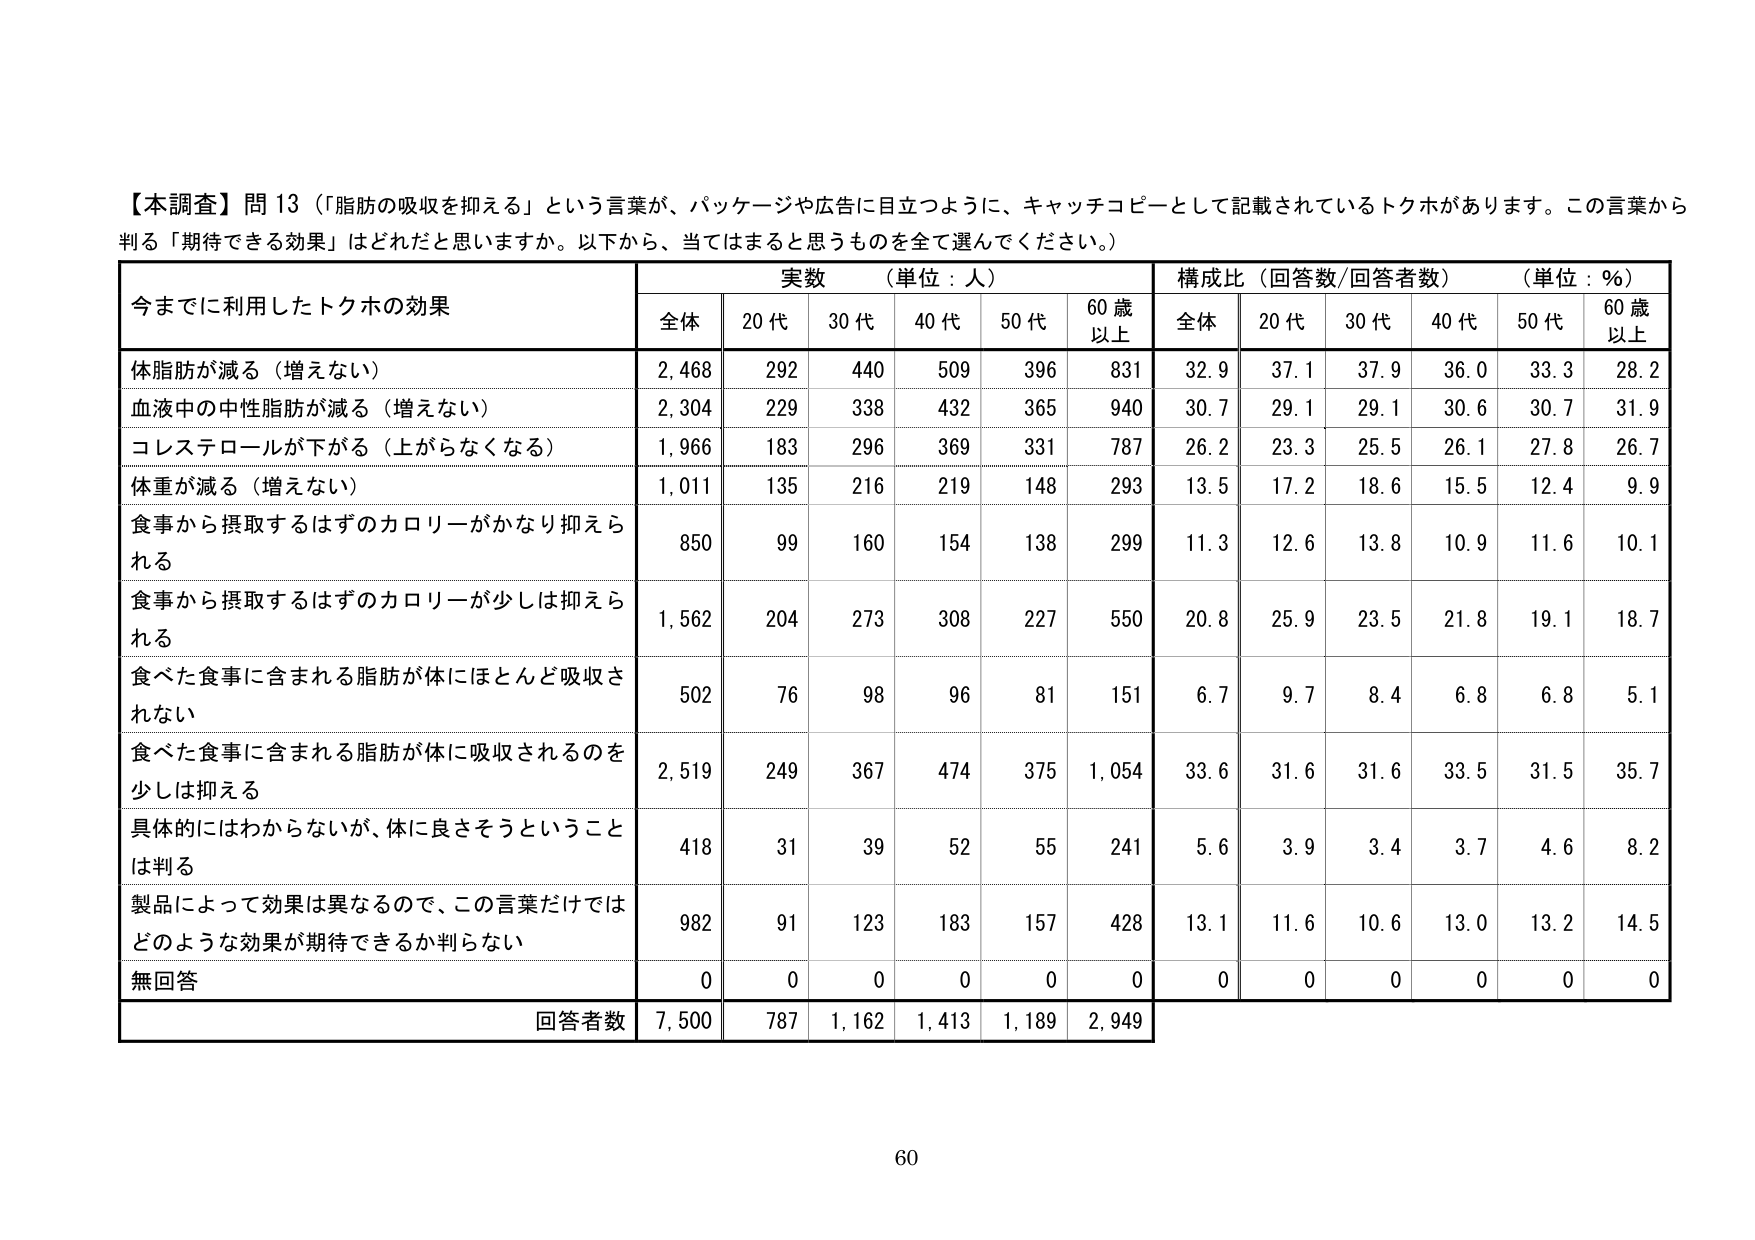
【本調査】問13（「脂肪の吸収を抑える」という言葉が、パッケージや広告に目立つように、キャッチコピーとして記載されているトクホがあります。この言葉から判る「期待できる効果」はどれだと思いますか。以下から、当てはまると思うものを全て選んでください。）

今までに利用したトクホの効果

実数（単位：人） 構成比（回答数/回答者数）（単位：%）

全体 20代 30代 40代 50代 60歳以上 全体 20代 30代 40代 50代 60歳以上

体脂肪が減る（増えない） 2,468 292 440 509 396 831 32.9 37.1 37.9 36.0 33.3 28.2

血液中の中性脂肪が減る（増えない） 2,304 229 338 432 365 940 30.7 29.1 29.1 30.6 30.7 31.9

コレステロールが下がる（上がらなくなる） 1,966 183 296 369 331 787 26.2 23.3 25.5 26.1 27.8 26.7

体重が減る（増えない） 1,011 135 216 219 148 293 13.5 17.2 18.6 15.5 12.4 9.9

食事から摂取するはずのカロリーがかなり抑えられる 850 99 160 154 138 299 11.3 12.6 13.8 10.9 11.6 10.1

食事から摂取するはずのカロリーが少しは抑えられる 1,562 204 273 308 227 550 20.8 25.9 23.5 21.8 19.1 18.7

食べた食事に含まれる脂肪が体にはほとんど吸収されない 502 76 98 96 81 151 6.7 9.7 8.4 6.8 6.8 5.1

食べた食事に含まれる脂肪が体に吸収されるのを少しは抑える 2,519 249 367 474 375 1,054 33.6 31.6 31.6 33.5 31.5 35.7

具体的にはわからないが、体に良さそうということは判る 418 31 39 52 55 241 5.6 3.9 3.4 3.7 4.6 8.2

製品によって効果は異なるので、この言葉だけではどのような効果が期待できるか判らない 982 91 123 183 157 428 13.1 11.6 10.6 13.0 13.2 14.5

無回答 0 0 0 0 0 0 0 0 0 0 0 0

回答者数 7,500 787 1,162 1,413 1,189 2,949

60